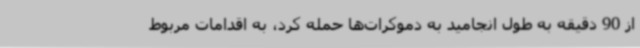
از 90 دقیقه به طول انجامید به دموکرات‌ها حمله کرد، به اقدامات مربوط